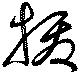
抜